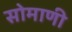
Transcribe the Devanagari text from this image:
सोमाणी